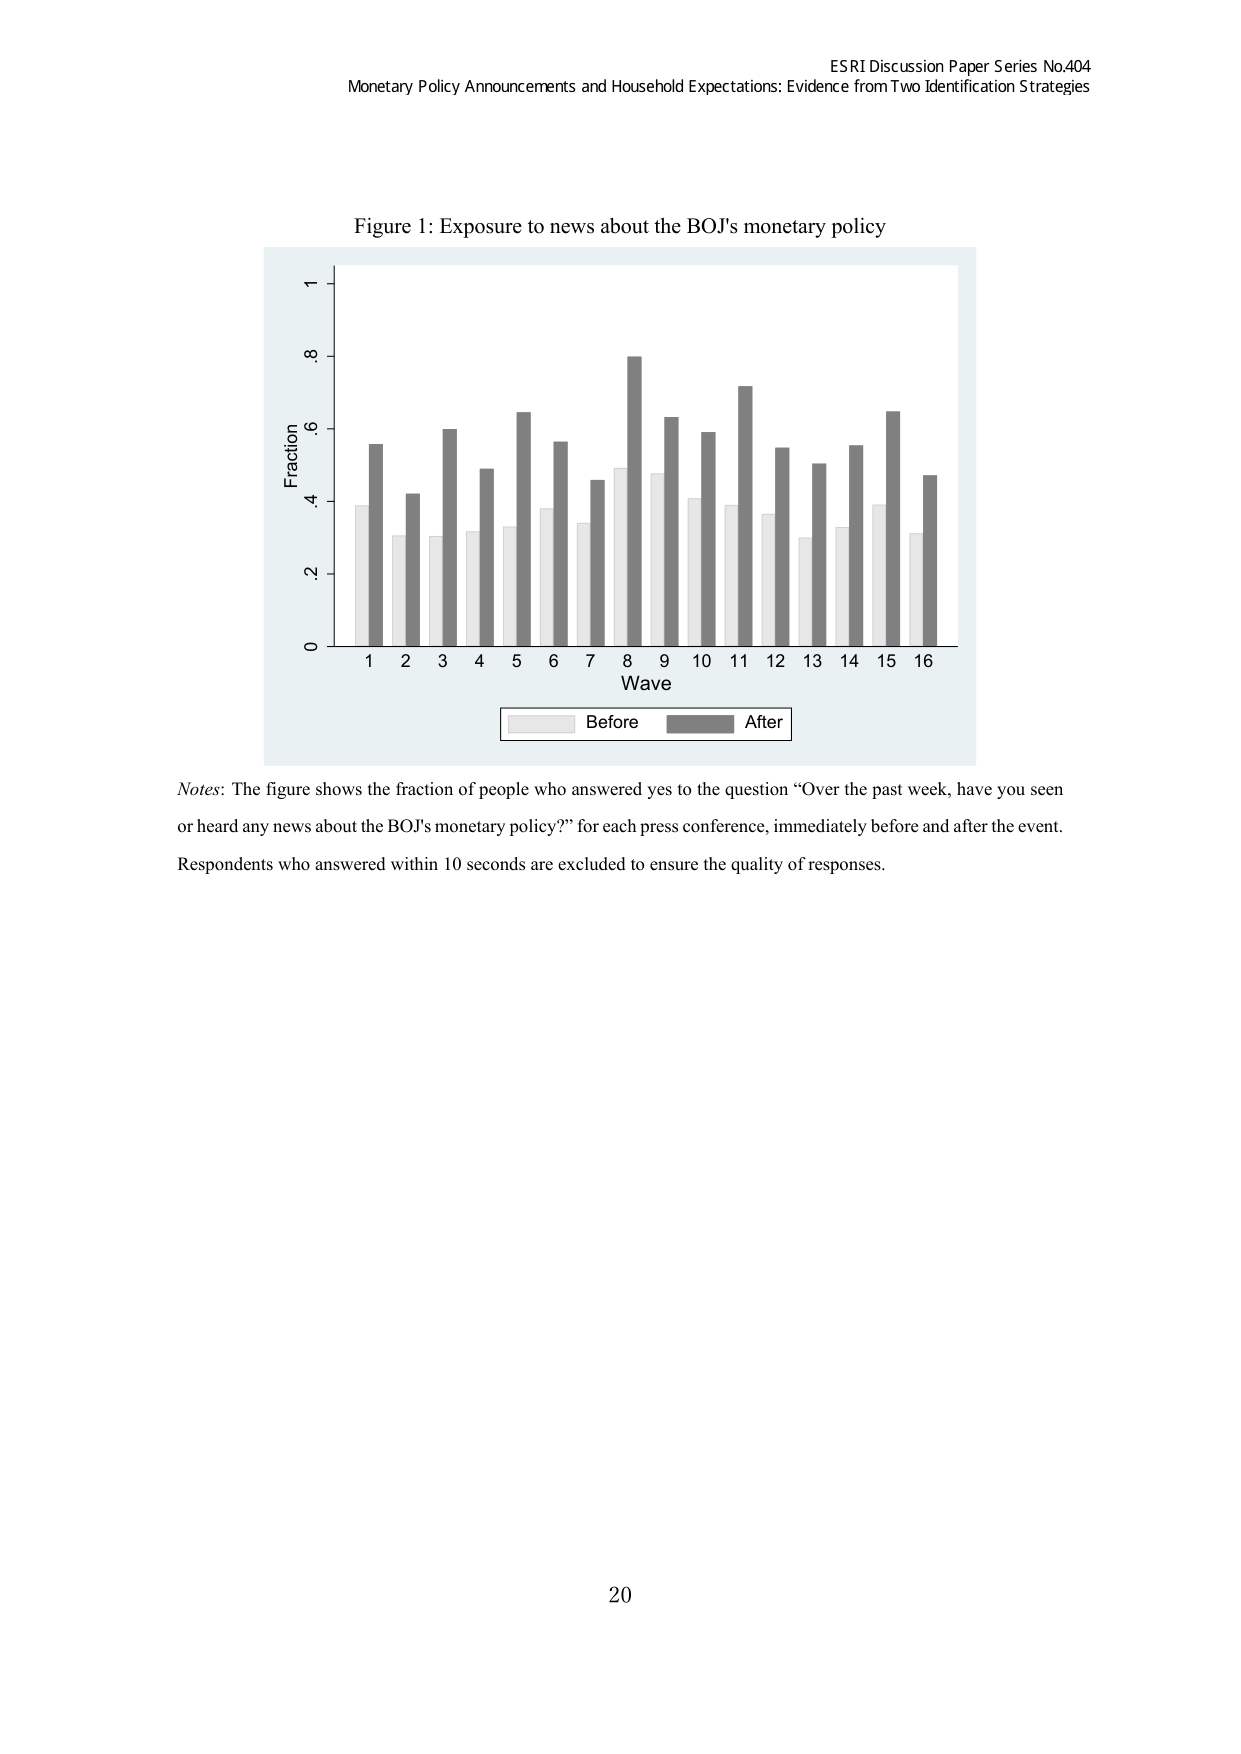
ESRI Discussion Paper Series No.404
Monetary Policy Announcements and Household Expectations: Evidence from Two Identification Strategies

Figure 1: Exposure to news about the BOJ's monetary policy

Fraction
1
.8
.6
.4
.2
0

Wave
1 2 3 4 5 6 7 8 9 10 11 12 13 14 15 16

Before After

Notes: The figure shows the fraction of people who answered yes to the question “Over the past week, have you seen or heard any news about the BOJ's monetary policy?” for each press conference, immediately before and after the event. Respondents who answered within 10 seconds are excluded to ensure the quality of responses.

20